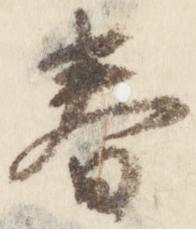
春